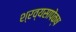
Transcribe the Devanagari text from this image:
श्रव्यसापेक्ष